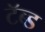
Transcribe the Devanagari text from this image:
टॅब्ड